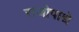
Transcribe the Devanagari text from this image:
राजोपाद्ये